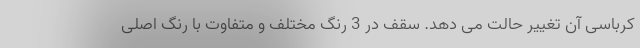
کرباسی آن تغییر حالت می دهد. سقف در 3 رنگ مختلف و متفاوت با رنگ اصلی